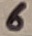
Text: 6